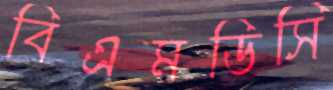
বিএমডিসি